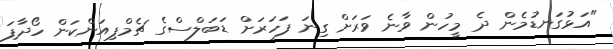
"އަޅުގަނޑުމެން ދެ މީހުން ވާނެ ވަރަށް ގިނަ ފަހަރަށް ޑަބަލްސްގެ ޗެމްޕިއަންކަން ހޯދާފަ